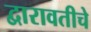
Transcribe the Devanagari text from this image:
द्वारावतीचे